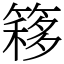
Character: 簃